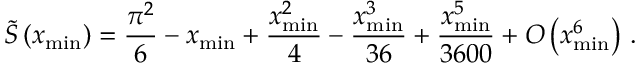
\tilde { S } \left( x _ { \operatorname* { m i n } } \right) = \frac { \pi ^ { 2 } } { 6 } - x _ { \operatorname* { m i n } } + \frac { x _ { \operatorname* { m i n } } ^ { 2 } } { 4 } - \frac { x _ { \operatorname* { m i n } } ^ { 3 } } { 3 6 } + \frac { x _ { \operatorname* { m i n } } ^ { 5 } } { 3 6 0 0 } + O \left( x _ { \operatorname* { m i n } } ^ { 6 } \right) \, .